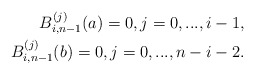
\begin{align*}B_{i,n-1}^{(j)}(a)=0, j=0,...,i-1,\\B_{i,n-1}^{(j)}(b)=0, j=0,...,n-i-2.\end{align*}